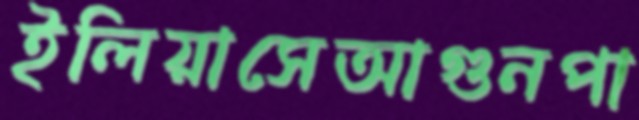
ইলিয়াসেআগুনপা